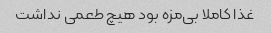
غذا کاملا بی‌مزه بود هیچ طعمی نداشت